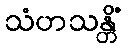
သံဟသန္တိံ